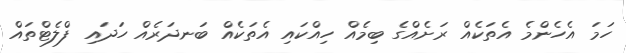
ހަަމަ އެހެންމެ އެތަކެއް ރަށެއްގެ ބިމެއް ހިއްކައި އެތަކެއް ބަނދަރެއް ހަދައި ފްލެޓްތައް